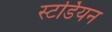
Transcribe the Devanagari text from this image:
स्टर्डियन